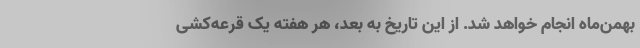
بهمن‌ماه انجام خواهد شد. از این تاریخ به بعد، هر هفته یک قرعه‌کشی